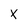
Character: x